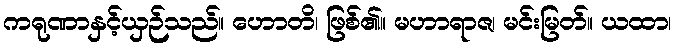
ကရုဏာနှင့်ယှဉ်သည်။ ဟောတိ၊ ဖြစ်၏။ မဟာရာဇ၊ မင်းမြတ်။ ယထာ၊